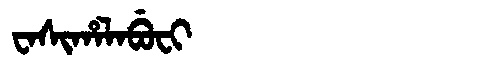
Manchu: ᠸᠠᠰᡳᡥᠠᠯᠠᠪᡠᠸᡳ
Romanization: WASIHALABUFI